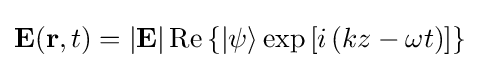
\mathbf {E} (\mathbf {r} ,t)=\left|\mathbf {E} \right|\mathrm {Re} \left\{|\psi \rangle \exp \left[i\left(kz-\omega t\right)\right]\right\}